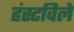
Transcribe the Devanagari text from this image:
हंस्टविले